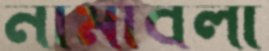
নামাবলী